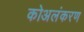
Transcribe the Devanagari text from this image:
कोअलंकरण